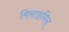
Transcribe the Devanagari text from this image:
मिसाइनिन